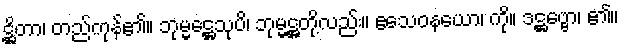
ဋ္ဌိတာ၊ တည်ကုန်၏။ ဘုမ္မဋ္ဌေသုပိ၊ ဘုမ္မဋ္ဌတို့လည်း။ ဧသေဝနယော၊ ကို။ ဒဋ္ဌဗ္ဗော၊ ၏။